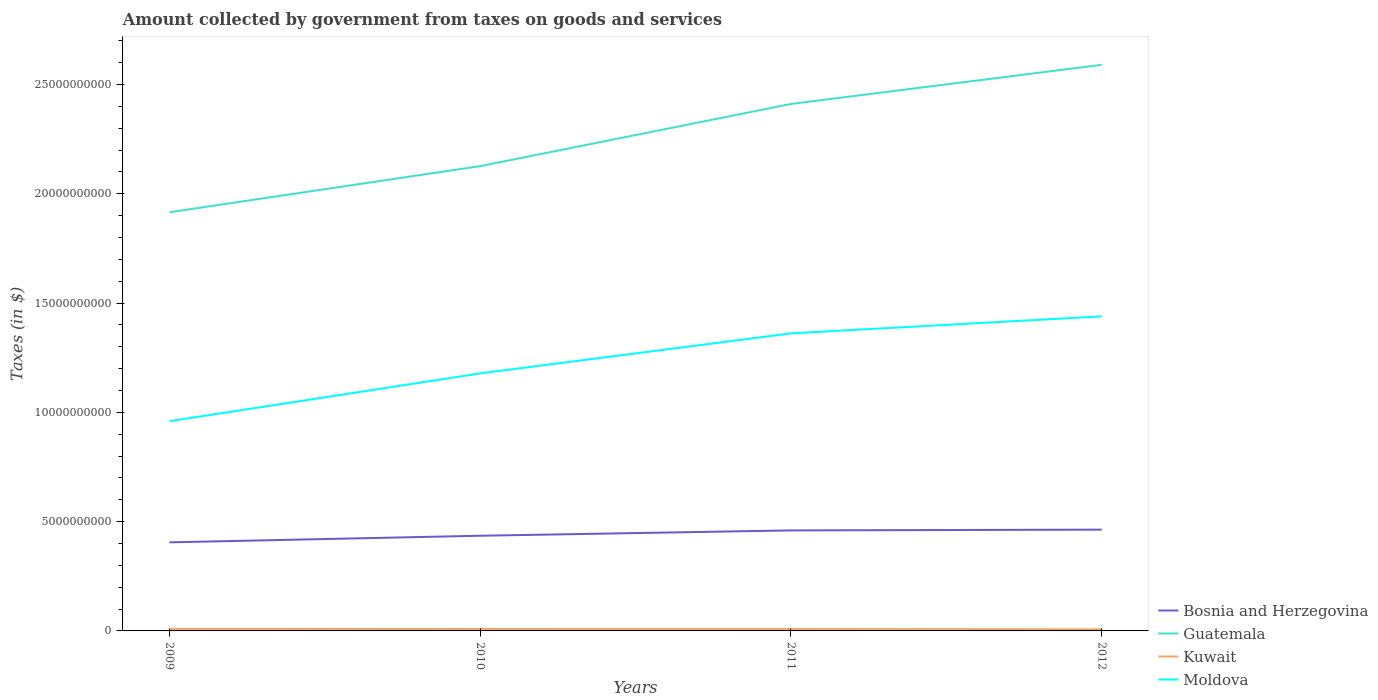
| Years | Bosnia and Herzegovina | Guatemala | Kuwait | Moldova |
 | --- | --- | --- | --- | --- |
 | 2009 | 4.05e+09 | 1.92e+10 | 9.4e+07 | 9.6e+09 |
 | 2010 | 4.35e+09 | 2.13e+10 | 8.8e+07 | 1.18e+10 |
 | 2011 | 4.6e+09 | 2.41e+10 | 8.6e+07 | 1.36e+10 |
 | 2012 | 4.63e+09 | 2.59e+10 | 7.4e+07 | 1.44e+10 |